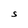
Character: S